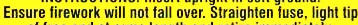
Ensure firework will not fall over. Straighten fuse, light tip